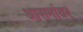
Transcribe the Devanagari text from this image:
आसनांवर